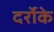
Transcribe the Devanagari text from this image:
दर्रोके